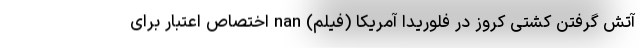
آتش گرفتن کشتی کروز در فلوریدا آمریکا (فیلم) nan اختصاص اعتبار برای